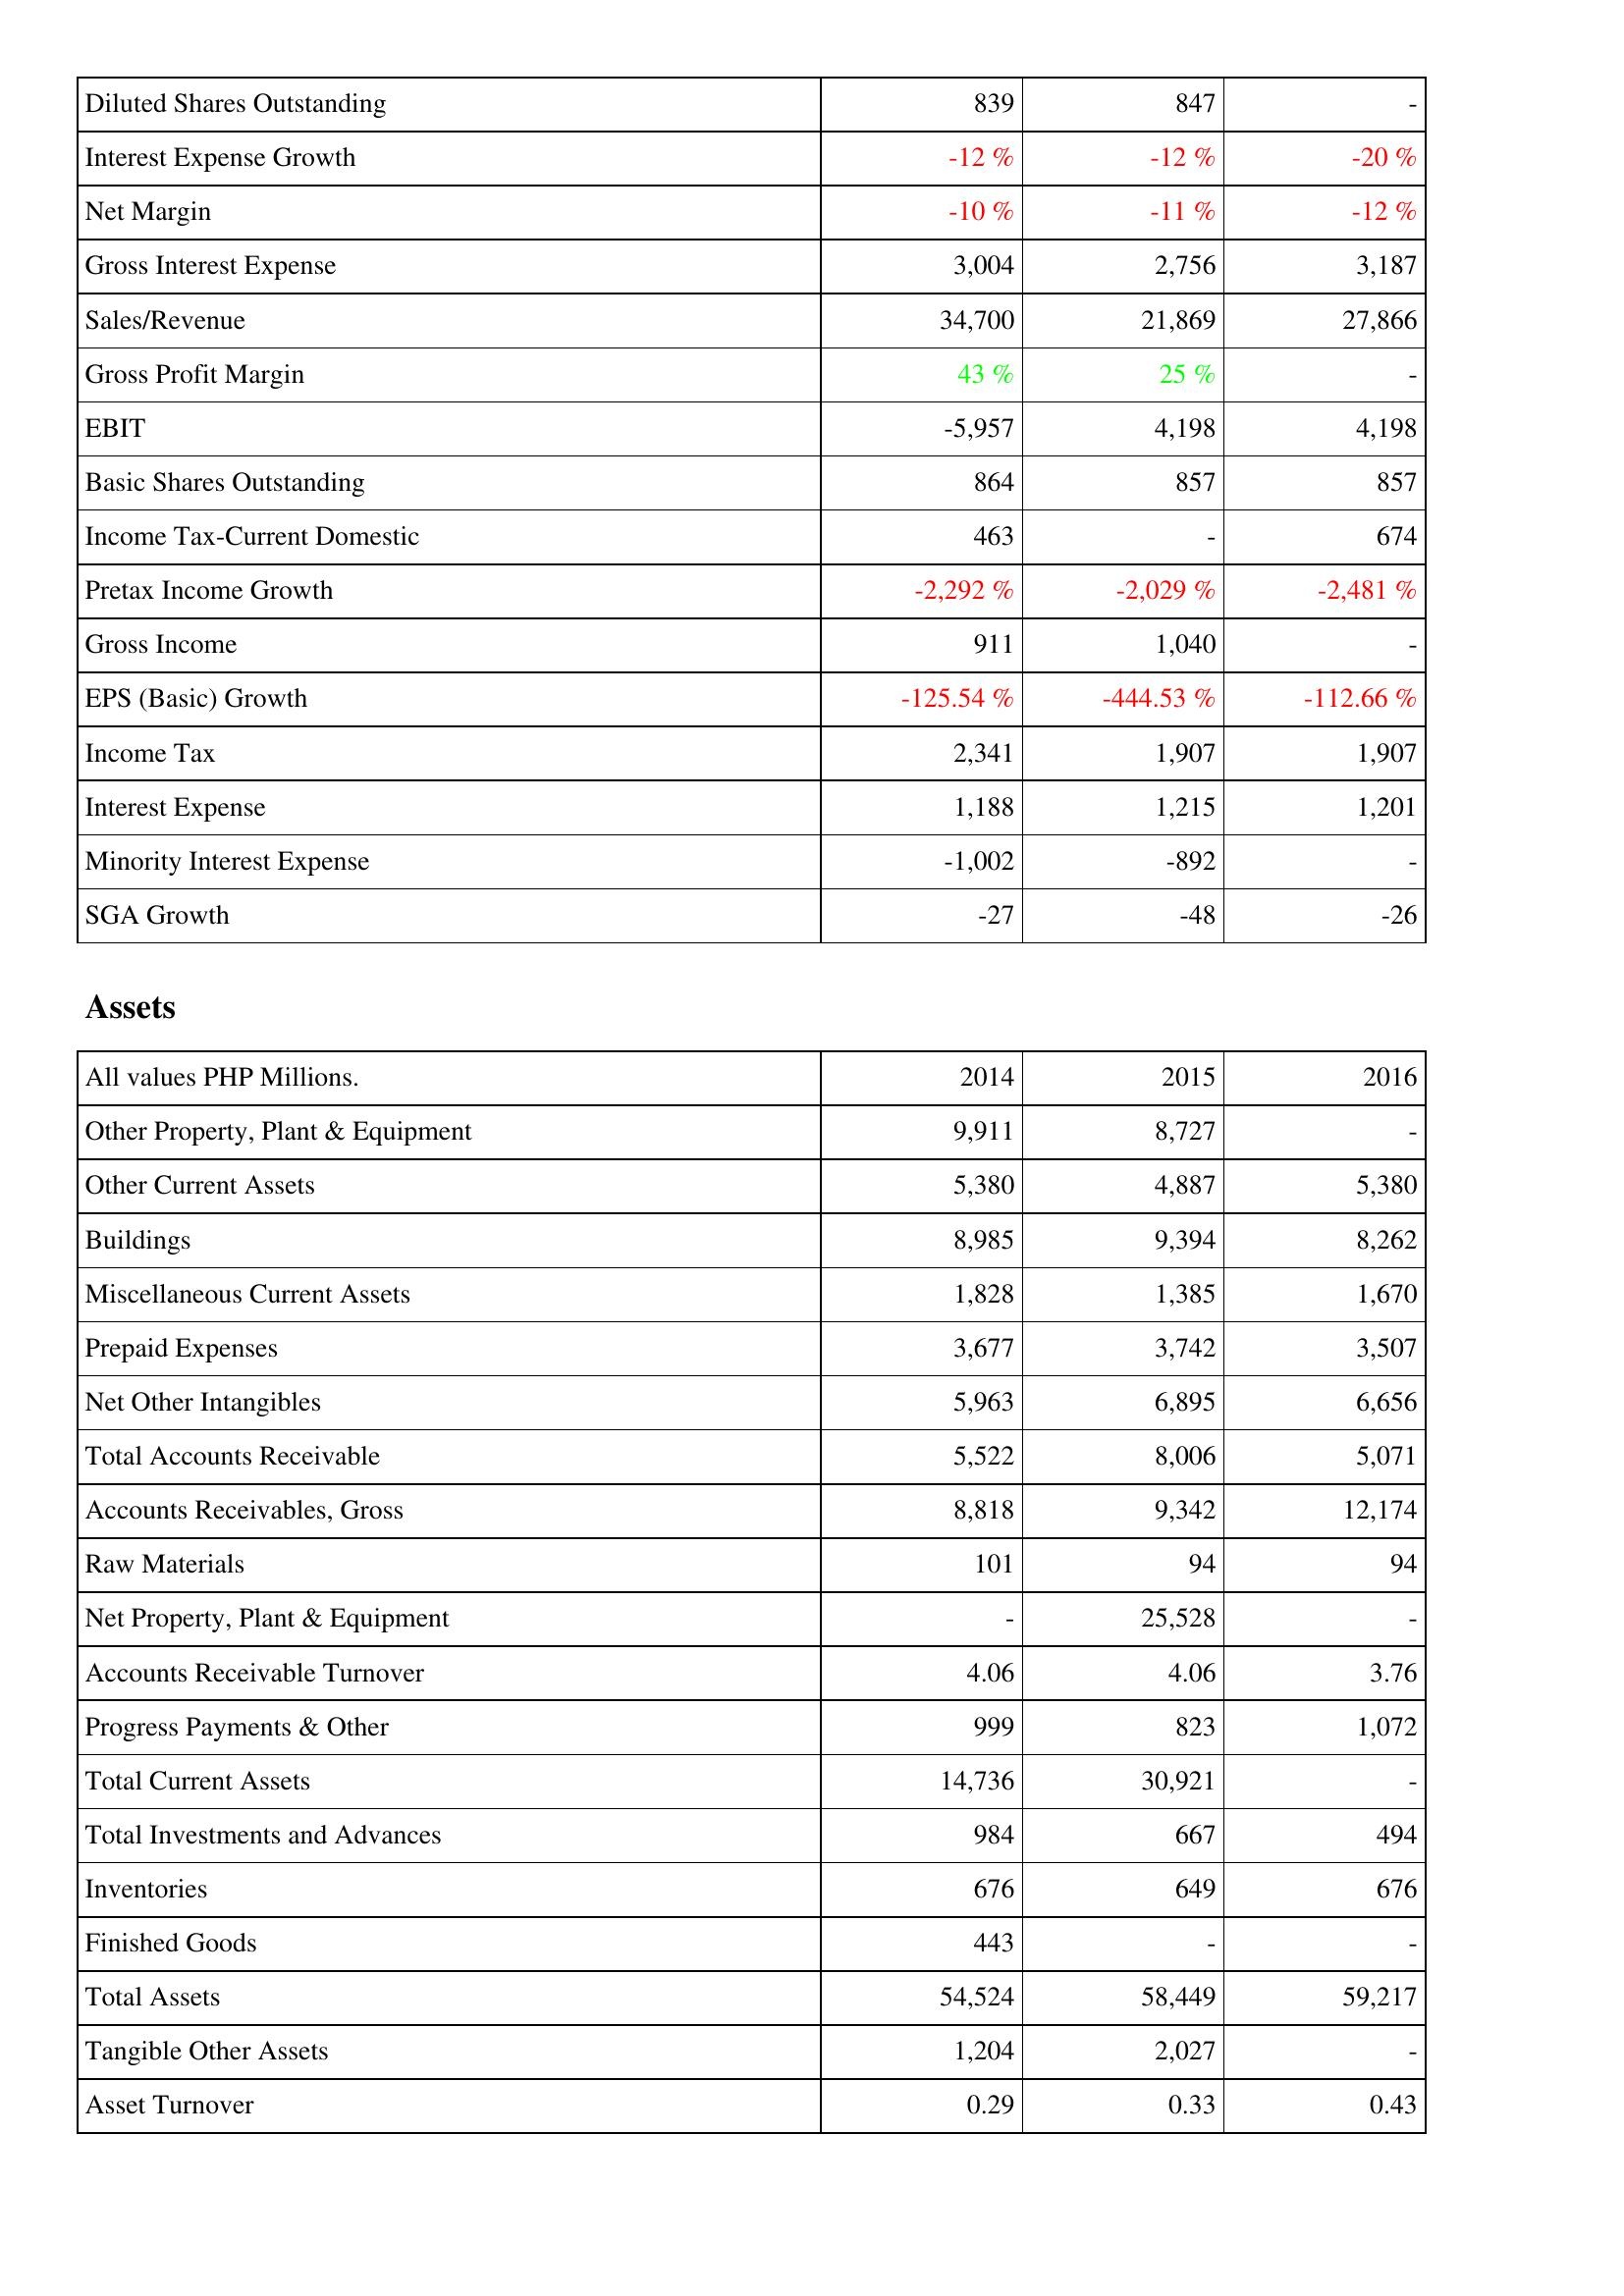
2014: Income Statement: Diluted Shares Outstanding: 839
Interest Expense Growth: -12 %
Net Margin: -10 %
Gross Interest Expense: 3,004
Sales/Revenue: 34,700
Gross Profit Margin: 43 %
EBIT: -5,957
Basic Shares Outstanding: 864
Income Tax-Current Domestic: 463
Pretax Income Growth: -2,292 %
Gross Income: 911
EPS (Basic) Growth: -125.54 %
Income Tax: 2,341
Interest Expense: 1,188
Minority Interest Expense: -1,002
SGA Growth: -27
Assets: Other Property, Plant & Equipment: 9,911
Other Current Assets: 5,380
Buildings: 8,985
Miscellaneous Current Assets: 1,828
Prepaid Expenses: 3,677
Net Other Intangibles: 5,963
Total Accounts Receivable: 5,522
Accounts Receivables, Gross: 8,818
Raw Materials: 101
Net Property, Plant & Equipment: -
Accounts Receivable Turnover: 4.06
Progress Payments & Other: 999
Total Current Assets: 14,736
Total Investments and Advances: 984
Inventories: 676
Finished Goods: 443
Total Assets: 54,524
Tangible Other Assets: 1,204
Asset Turnover: 0.29
2015: Income Statement: Diluted Shares Outstanding: 847
Interest Expense Growth: -12 %
Net Margin: -11 %
Gross Interest Expense: 2,756
Sales/Revenue: 21,869
Gross Profit Margin: 25 %
EBIT: 4,198
Basic Shares Outstanding: 857
Income Tax-Current Domestic: -
Pretax Income Growth: -2,029 %
Gross Income: 1,040
EPS (Basic) Growth: -444.53 %
Income Tax: 1,907
Interest Expense: 1,215
Minority Interest Expense: -892
SGA Growth: -48
Assets: Other Property, Plant & Equipment: 8,727
Other Current Assets: 4,887
Buildings: 9,394
Miscellaneous Current Assets: 1,385
Prepaid Expenses: 3,742
Net Other Intangibles: 6,895
Total Accounts Receivable: 8,006
Accounts Receivables, Gross: 9,342
Raw Materials: 94
Net Property, Plant & Equipment: 25,528
Accounts Receivable Turnover: 4.06
Progress Payments & Other: 823
Total Current Assets: 30,921
Total Investments and Advances: 667
Inventories: 649
Finished Goods: -
Total Assets: 58,449
Tangible Other Assets: 2,027
Asset Turnover: 0.33
2016: Income Statement: Diluted Shares Outstanding: -
Interest Expense Growth: -20 %
Net Margin: -12 %
Gross Interest Expense: 3,187
Sales/Revenue: 27,866
Gross Profit Margin: -
EBIT: 4,198
Basic Shares Outstanding: 857
Income Tax-Current Domestic: 674
Pretax Income Growth: -2,481 %
Gross Income: -
EPS (Basic) Growth: -112.66 %
Income Tax: 1,907
Interest Expense: 1,201
Minority Interest Expense: -
SGA Growth: -26
Assets: Other Property, Plant & Equipment: -
Other Current Assets: 5,380
Buildings: 8,262
Miscellaneous Current Assets: 1,670
Prepaid Expenses: 3,507
Net Other Intangibles: 6,656
Total Accounts Receivable: 5,071
Accounts Receivables, Gross: 12,174
Raw Materials: 94
Net Property, Plant & Equipment: -
Accounts Receivable Turnover: 3.76
Progress Payments & Other: 1,072
Total Current Assets: -
Total Investments and Advances: 494
Inventories: 676
Finished Goods: -
Total Assets: 59,217
Tangible Other Assets: -
Asset Turnover: 0.43